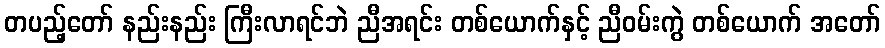
တပည့်တော် နည်းနည်း ကြီးလာရင်ဘဲ ညီအရင်း တစ်ယောက်နှင့် ညီဝမ်းကွဲ တစ်ယောက် အတော်